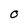
Character: O